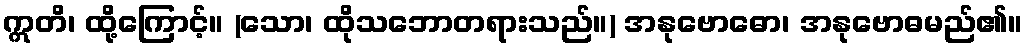
ဣတိ၊ ထို့ကြောင့်။ (သော၊ ထိုသဘောတရားသည်။) အနုဗောဓော၊ အနုဗောဓမည်၏။